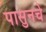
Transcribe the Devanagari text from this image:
पासुनचे